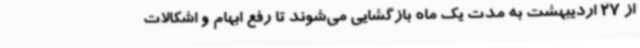
از 27 اردیبهشت به مدت یک ماه بازگشایی می‌شوند تا رفع ابهام و‌ اشکالات